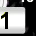
Digit: 1